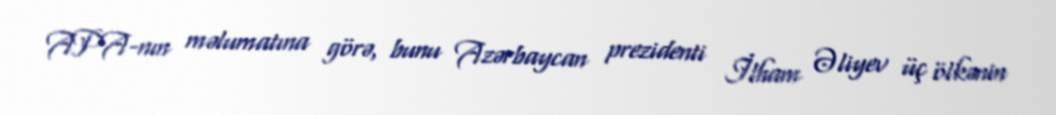
APA-nın məlumatına görə, bunu Azərbaycan prezidenti İlham Əliyev üç ölkənin